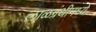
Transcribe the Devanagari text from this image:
लाळग्रंथीमध्ये